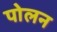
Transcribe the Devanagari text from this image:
पोलन